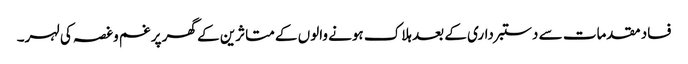
فساد مقدمات سے دستبرداری کے بعد ہلاک ہونے والوں کے متاثرین کے گھر پر غم وغصہ کی لہر۔